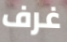
غرف